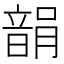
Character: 𩐪